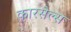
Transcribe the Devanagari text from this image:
कारसेल्स